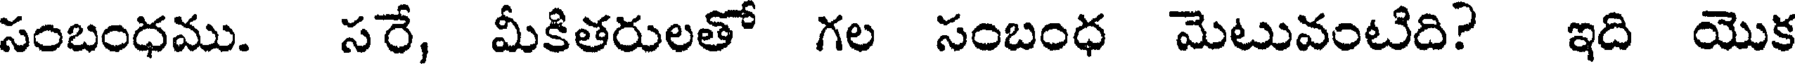
సంబంధము. సరే, మీకితరులతో గల సంబంధ మెటువంటిది? ఇది యొక